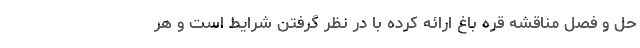
حل و فصل مناقشه قره باغ ارائه کرده با در نظر گرفتن شرایط است و هر